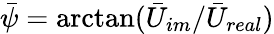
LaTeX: \bar{\psi}=\arctan(\bar{U}_{im}/\bar{U}_{real})